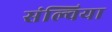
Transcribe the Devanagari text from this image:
संल्विया